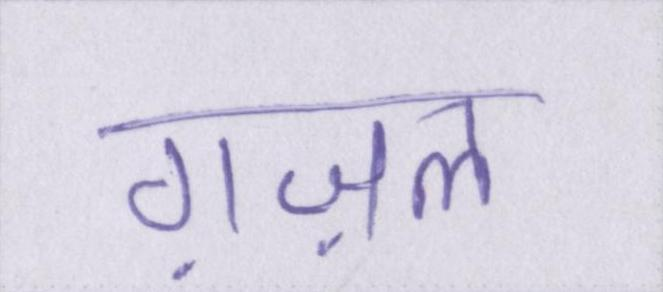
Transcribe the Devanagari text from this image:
ग़ज़ल